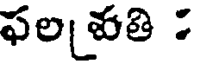
ఫల వతి :